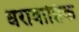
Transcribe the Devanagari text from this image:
धरावाहिक